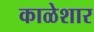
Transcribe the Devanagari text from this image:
काळेशार